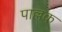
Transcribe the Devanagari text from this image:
पाल्लक